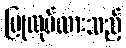
ပြုလုပ်ထားသည့်